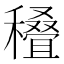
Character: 𰨽